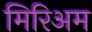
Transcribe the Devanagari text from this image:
मिरिअम